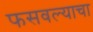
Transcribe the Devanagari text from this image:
फसवल्याचा